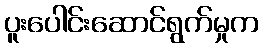
ပူးပေါင်းဆောင်ရွက်မှုက